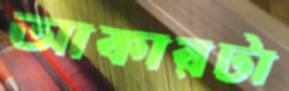
আকারটা